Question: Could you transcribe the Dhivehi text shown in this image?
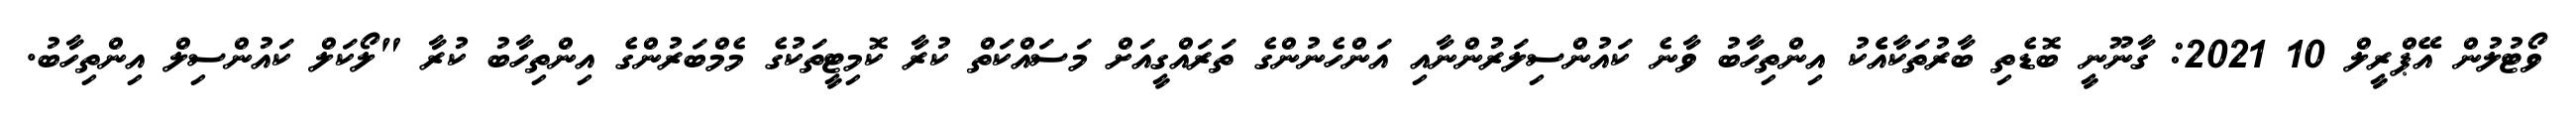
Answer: ވޯޓުލުން އޭޕްރީލް 10 2021: ގާނޫނީ ބޮޑެތި ބާރުތަކާއެެކު އިންތިހާބު ވާނެ ކައުންސިލަރުންނާއި އަންހެނުންގެ ތަރައްގީއަށް މަސައްކަތް ކުރާ ކޮމިޓީތަކުގެ މެމްބަރުންގެ އިންތިހާބު ކުރާ "ލޯކަލް ކައުންސިލް އިންތިހާބު.